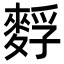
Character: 䴸